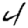
Digit: 4